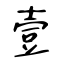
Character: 壹